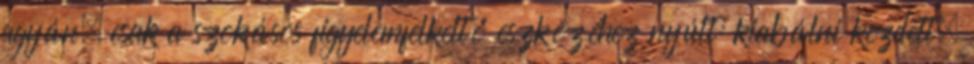
agyán, csak a szokásos figyelemfelkeltő eszközéhez nyúlt: kiabálni kezdett.